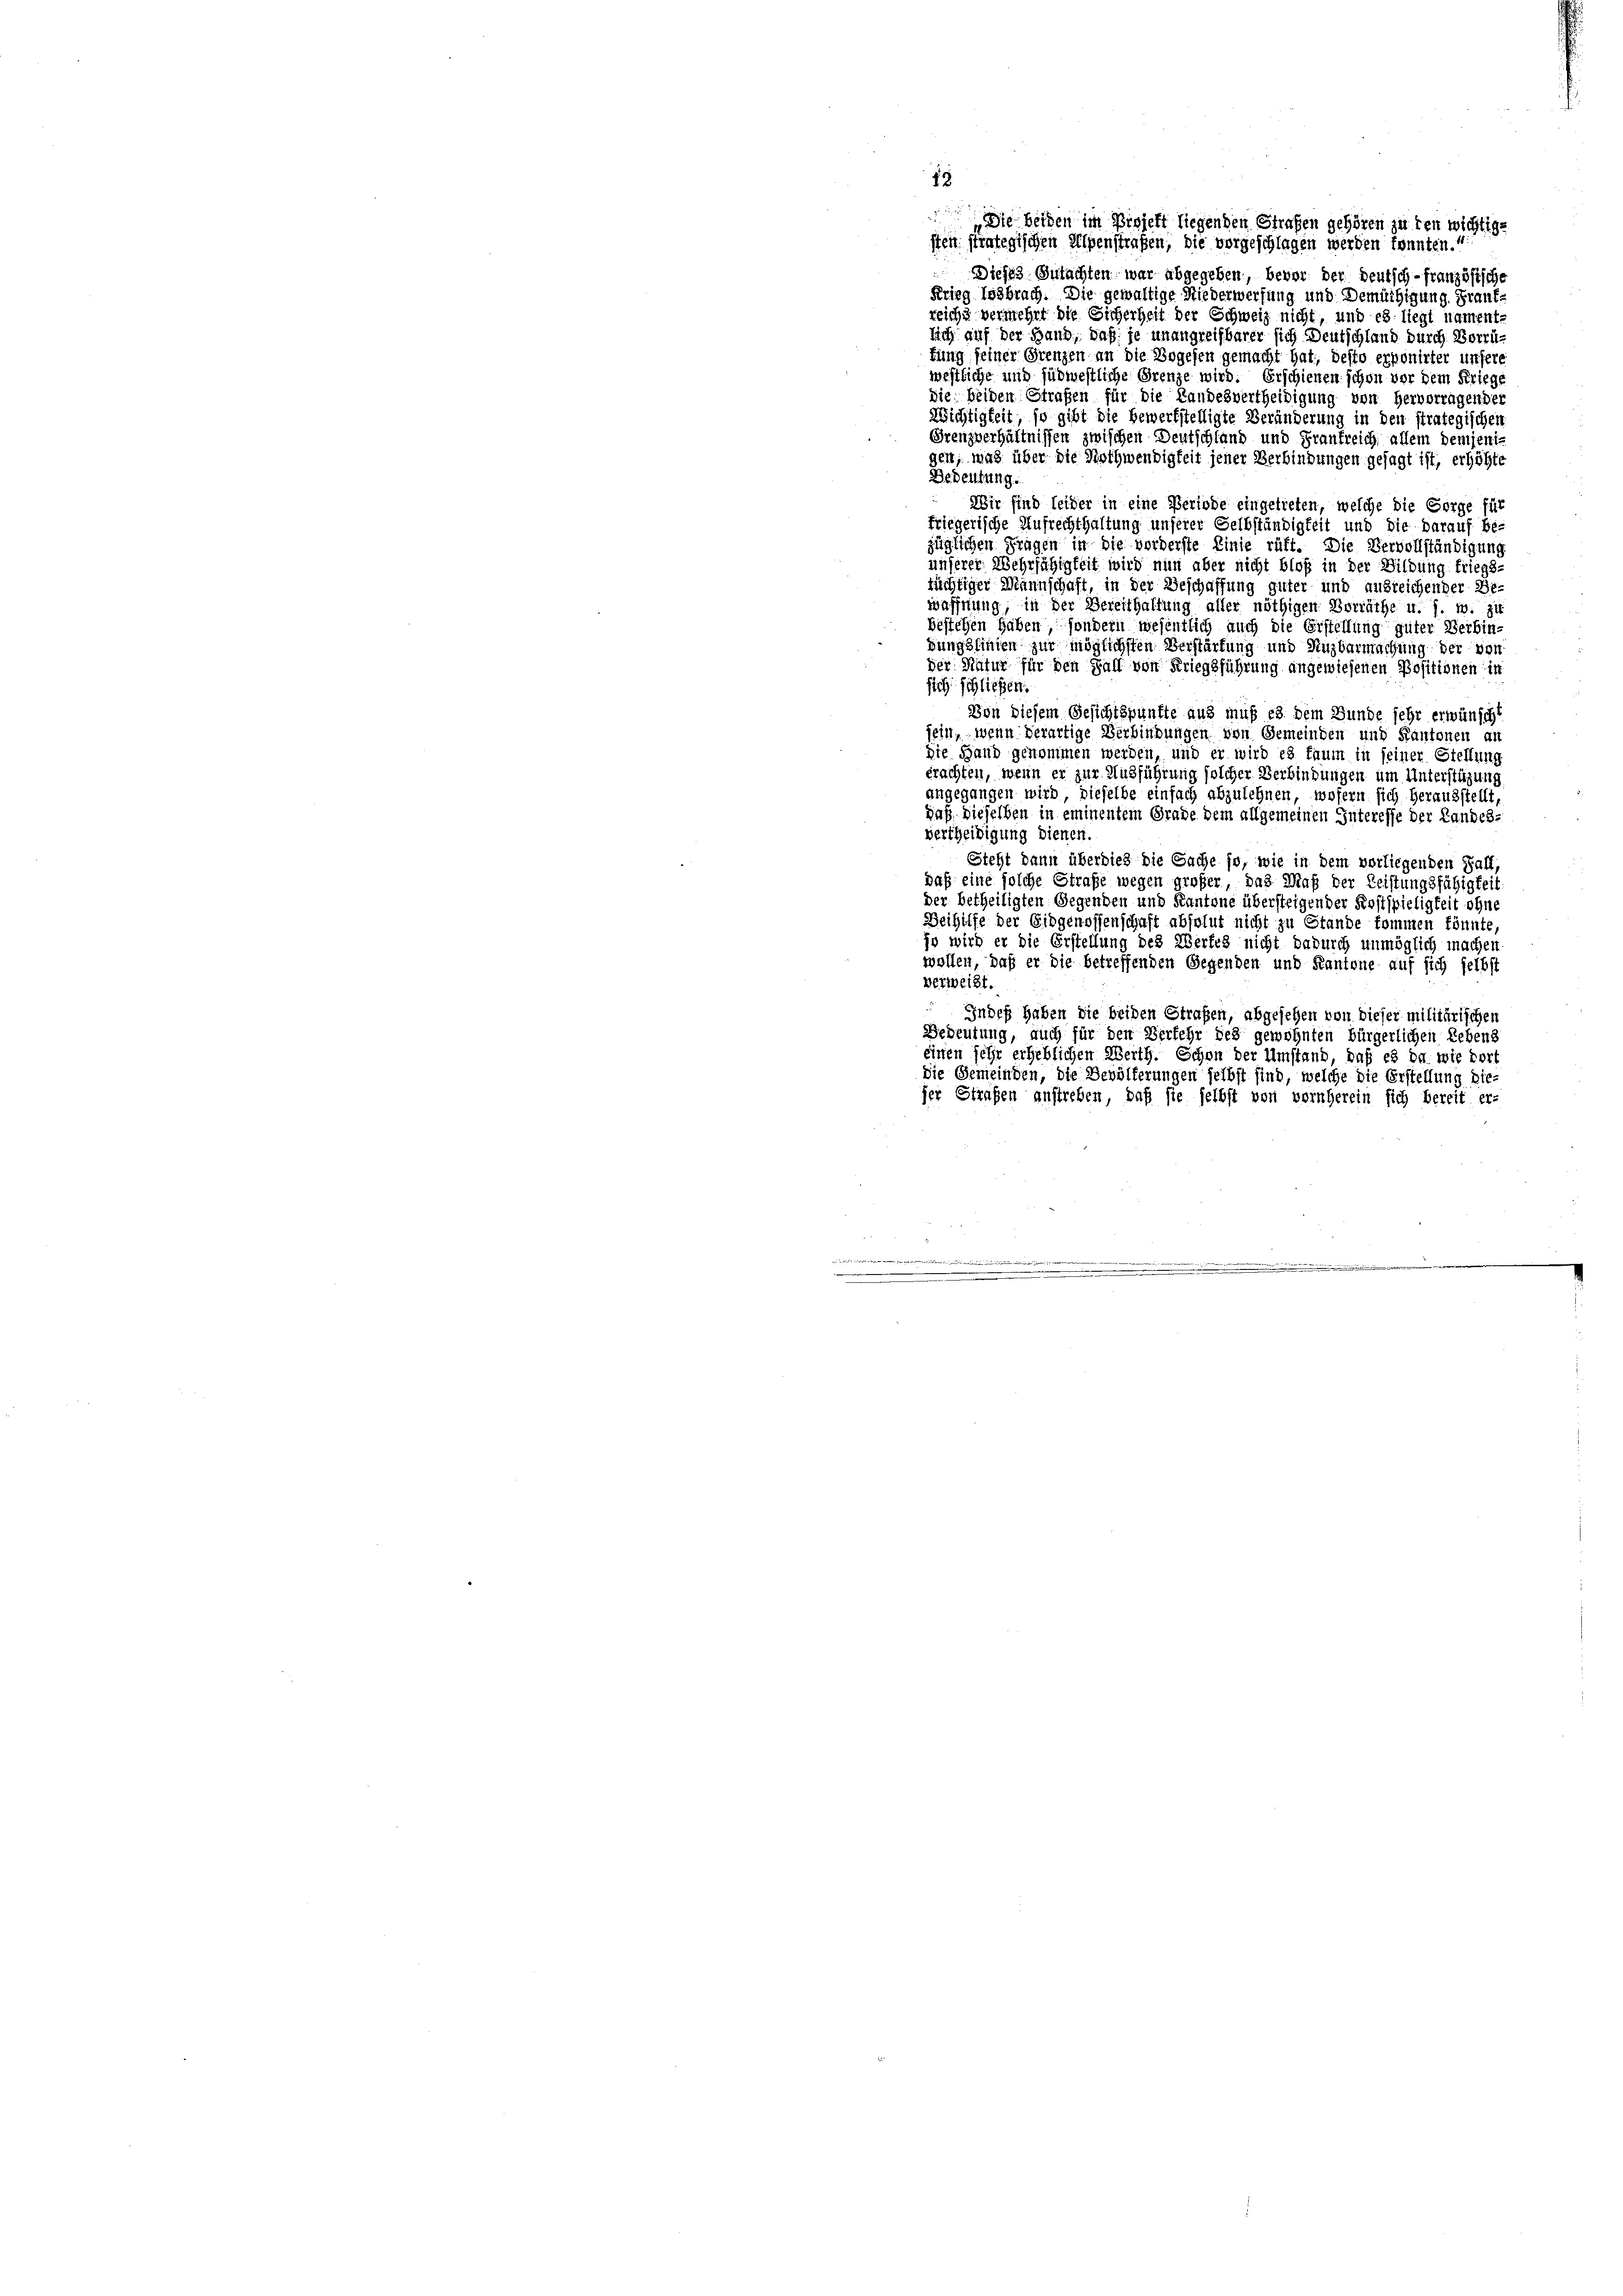
18
Die beiden im Projekt liegenden Strafen gehören zu den wichtige
sten. Eintegischen Alpenstrafen, die vorgeschlagen werden konnten.
Dieses Gutachten war abgegeben, bevor der deutsch-französische
Krieg losbrach. Die gewaltige Niederwerfung und Demüthigung. Frank-
reicht vermehrt die Sicherheit der Schweiz nicht, und es liegt nament-
lich auf der Hand, daß je unangreifbarer sich Deutschland durch Vorrütung seiner Grenzen an die Bogenen gemacht hat, besto exponirter unfere
westliche und jübwestliche Grenze wird. Erschienen schon vor dem Kriegs
die beiden Strafen für die Landesvertheidigung von hervorragender
Richtigkeit, so gibt die bewerkstelligte Veränderung in den strategischen
Grenzverhältnissen zwischen Deutschland und Frankreich allem demjenigen, was über die Nothwendigkeit jener Verbindungen gesagt ist, erhöhte
Bedeutung.
Wir sind leiber in eine Periode eingetreten, welche die Sorge für
friegerische Aufrechthaltung unserer Selbständigkeit und die Darauf be-
züglichen Fragen in die vorderste Linie ruft. Die Vervollständigung
unserer Wehrfähigkeit wird nun aber nicht bloß in der Bildung friegs-
tüchtiger Mannschaft, in der Beschaffung güter und ausreichender Be-
waffnung, in der Bereithaltung aller nöthigen Vorräthe u. s. w. zu
bestehen haben, sondern wesentlich auch die Erstellung güter Verbinsungsfinden zur möglichsten Verstärtung und Nuzbarmachung der von
der Natur für den Fall von Kriegsführung angewiesenen Positionen in
sich schließen.
Von diesem Gesichtspunkte aus muß es dem Bunde sehr erwünscht
sein, wenn derartige Verbindungen von Gemeinden und Kantonen an
Die Hand genommen werden, und er wird es faum in seiner Stellung
brachten, wenn er zur Ausführung solcher Verbindungen um Unterstüzung
angegangen wird, dieselbe einfach abzulehnen, wofern sich herausstellt,
gaß dieselben in eminentem Grade dem allgemeinen Interesse der Landes-
vertheidigung dienen.
Steht dann überdies die Sache so, wie in dem vorliegenden Fall,
daß eine solche Strafe wegen großer, das Maß der Leistungsfähigkeit
der betheiligten Gegenden und Kantone übersteigender Kostspieligkeit ohne
Beihilfe der Eidgenossenschaft absolut nicht zu Stande kommen könnte,
jo wird er die Erstellung des Wertes nicht dadurch unmöglich machen
wollen, daß er die betreffenden Gegenden und Kantone auf sich selbst
verweist.
Indes haben die beiden Strafen, abgesehen von dieser militärischen
Gedeutung, auch für den Verfehr des gewohnten bürgerlichen Lebens
einen sehr erheblichen Werth. Schon der Umstand, daß es da wie dort
Die Gemeinden, die Bevölferungen selbst sind, welche die Erstellung die
her Strafen anstreben, daß sie selbst von vornherein sich bereit er-